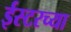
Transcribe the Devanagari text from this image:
ईस्टरच्या